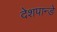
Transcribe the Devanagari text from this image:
देशपान्डे